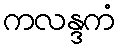
ကလန္ဒကံ